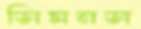
সিমনস